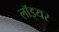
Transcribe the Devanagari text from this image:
लॉइयर